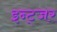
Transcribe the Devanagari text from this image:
इन्ट्जर